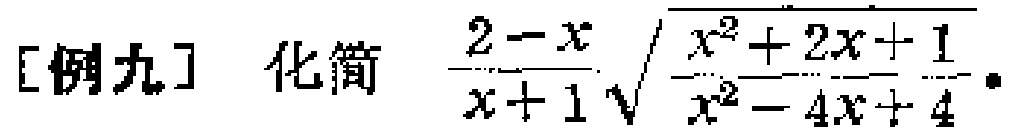
[例九] 化简 $\frac{2 - x}{x + 1}\sqrt{\frac{x^{2} + 2x + 1}{x^{2} - 4x + 4}}$。